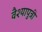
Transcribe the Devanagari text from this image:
वैश्यापुत्री